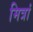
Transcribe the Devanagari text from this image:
मित्रां